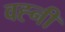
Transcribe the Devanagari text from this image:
वह्नी